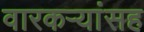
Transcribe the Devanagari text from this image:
वारकर्‍यांसह